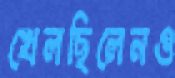
খেলছিলেনও